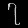
Digit: ၇